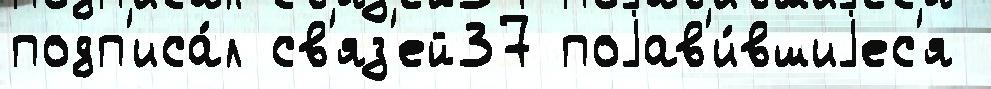
подп'иса́л св'яз'ей37 поjав'и́вшиjес'я